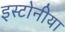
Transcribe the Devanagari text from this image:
इस्टोनीया